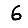
Digit: 6